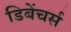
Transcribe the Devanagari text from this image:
डिबेंचर्स